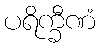
ပရိက္ခီဏံ